Report of the Indian Hemp Drugs Commission, 1894-1895 - Volume IV
Year: 1894
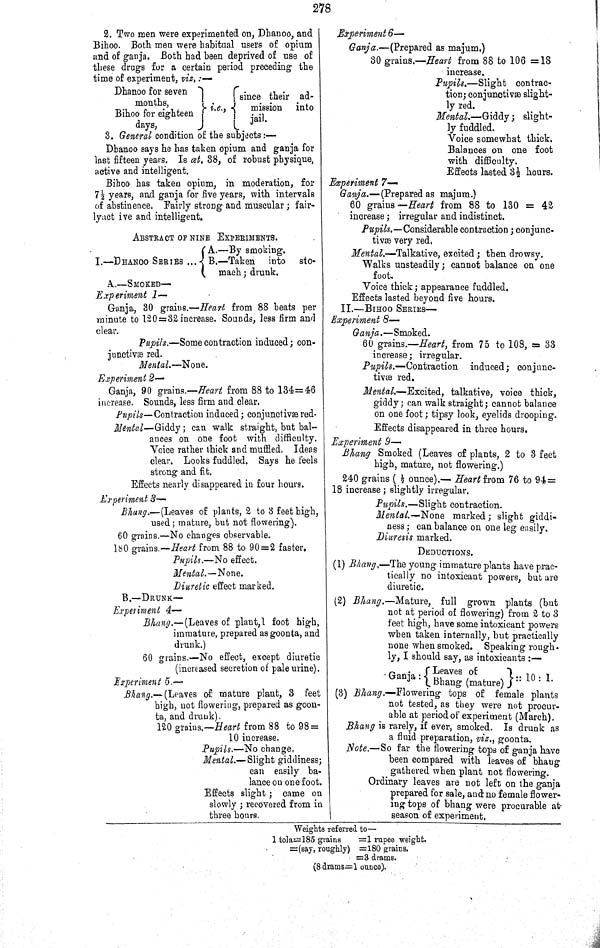
278
2. Two men were experimented on, Dhanoo, and
Bihoo. Both men were habitual users of opium
and of ganja. Both had been deprived of use of
these drugs for a certain period preceding the
time of experiment, viz.:—
Dhanoo for seven
months,
Bihoo for eighteen
days,
i.e.,
since their ad-
mission
into
jail.
3. General condition of the subjects:—
Dhanoo says he has taken opium and ganja for
last fifteen years. Is œt. 38, of robust physique,
active and intelligent.
Bihoo has taken opium, in moderation, for
7½ years, and ganja for five years, with intervals
of abstinence. Fairly strong and muscular; fair-
lyact ive and intelligent.
ABSTRACT OF NINE EXPERIMENTS.
I.—DHANOO
SERIRES
A.—By smoking.
B.—Taken into
sto-
mach; drunk.
A.—SMOKED—
Experiment 1—
Ganja, 30 grains.—Heart from 88 beats per
minute to 120=32 increase. Sounds, less firm and
clear.
Pupils.—Some contraction induced; con-
junctivæ red.
Mental.—None.
Experiment 2—
Ganja, 90 grains.—Heart from 88 to 134=46
increase. Sounds, less firm and clear.
Pupils—Contraction induced; conjunctivæ red.
Mental—Giddy; can walk straight, but bal-
ances on one foot with difficulty.
Voice rather thick and muffled. Ideas
clear. Looks fuddled. Says he feels
strong and fit.
Effects nearly disappeared in four hours.
Experiment 3—
Bhang.—(Leaves of plants, 2 to 3 feet high,
used; mature, but not flowering).
60 grains.—No changes observable.
180 grains.—Heart from 88 to 90=2 faster.
Pupils.—No effect.
Mental.—None.
Diuretic effect marked.
B.—DRUNK—
Experiment 4—
Bhang.—(Leaves of plant,1 foot high,
immature, prepared as goonta, and
drunk.)
60 grains.—No effect, except diuretic
(increased secretion of pale urine).
Experiment 5.—
Bhang.—(Leaves of mature plant, 3 feet
high, not flowering, prepared as goon-
ta, and drunk).
120 grains.—Heart from 88 to 98=
10 increase.
Pupils.—No change.
Mental.—Slight giddiness;
can easily ba-
lance on one foot.
Effects slight; came on
slowly; recovered from in
three hours.
Experiment 6—
Ganja.—(Prepared as majum.)
30 grains.—Heart from 88 to 106 =18
increase.
Pupils.—Slight
contrac-
tion; conjunctivæ slight-
ly red.
Mental.—Giddy;
slight-
ly fuddled.
Voice somewhat thick.
Balances on one foot
with difficulty.
Effects lasted 3½ hours.
Experiment 7—
Ganja.—(Prepared as majum.)
60 grains—Heart from 88 to 130 = 42
increase; irregular and indistinct.
Pupils.—Considerable contraction; conjunc-
tivæ very red.
Mental.—Talkative, excited; then drowsy.
Walks unsteadily; cannot balance on one
foot.
Voice thick; appearance fuddled.
Effects lasted beyond five hours.
II.—BIHOO SERIES—
Experiment 8—
Ganja.—Smoked.
60 grains.—Heart, from 75 to 108, = 33
increase; irregular.
Pupils.—Contraction
induced; conjunc-
tivæ red.
Mental.—Excited, talkative, voice thick,
giddy; can walk straight; cannot balance
on one foot; tipsy look, eyelids drooping.
Effects disappeared in three hours.
Experiment 9—
Bhang Smoked (Leaves of plants, 2 to 3 feet
high, mature, not flowering.)
240 grains ( ½ ounce).— Heart from 76 to 94 =
18 increase; slightly irregular.
Pupils.—Slight contraction.
Mental.—None marked; slight giddi-
ness; can balance on one leg easily.
Diuresis marked.
DEDUCTIONS.
(1) Bhang.—The young immature plants have prac-
tically no intoxicant powers, but are
diuretic.
(2) Bhang.—Mature,
full grown plants (but
not at period of flowering) from 2 to 3
feet high, have some intoxicant powers
when taken internally, but practically
none when smoked. Speaking rough-
ly, I should say, as intoxicants:—
(3) Bhang.—Flowering tops of female plants
not tested, as they were not procur-
able at period of experiment (March).
Bhang is rarely, if ever, smoked. Is drunk as
a fluid preparation, viz., goonta.
Note.—So far the flowering tops of ganja have
been compared with leaves of bhang
gathered when plant not flowering.
Ordinary leaves are not left on the ganja
prepared for sale, and no female flower-
ing tops of bhang were procurable at
season of experiment.
Ganja: Leaves of
Bhang (mature)
:: 10 : 1.
Weights referred to—
1 tola=185 grains
=1 rupee weight.
=(say, roughly) =180 grains.
=3 drams.
(8 drams=1 ounce).